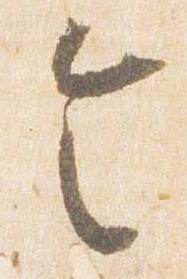
令